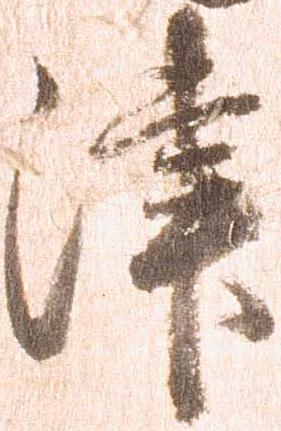
津